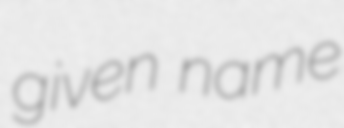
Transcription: given name